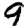
Digit: 9